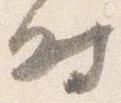
時